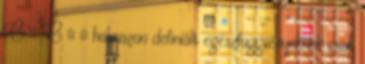
C ⊂ C ∪ ∞ halmazon definiált egészfüggvényeknek csak